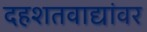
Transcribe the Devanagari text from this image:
दहशतवाद्यांवर